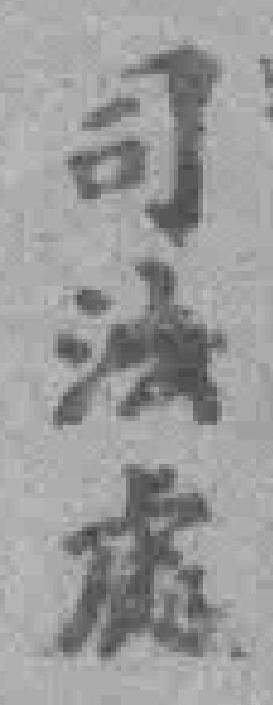
司法處